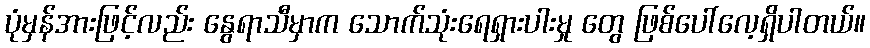
ပုံမှန်အားဖြင့်လည်း နွေရာသီမှာက သောက်သုံးရေရှားပါးမှု တွေ ဖြစ်ပေါ်လေ့ရှိပါတယ်။